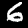
Label: 6